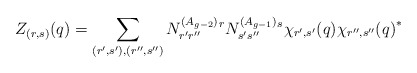
\begin{align*}Z_{(r,s)}(q)=\sum_{(r',s'),(r'',s'')} N^{(A_{g-2})}_{r'r''}{}^r N^{(A_{g-1})}_{s's''}{}^s\chi_{r',s'}(q){\chi_{r'',s''}(q)}^*\end{align*}